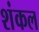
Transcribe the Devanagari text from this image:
शंकल